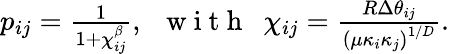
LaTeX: \begin{array}{r}{p_{ij}=\frac{1}{1+{\chi_{ij}^{\beta}}},\, \, \, \mathrm{~w~i~t~h~}\, \, \, \chi_{ij}=\frac{R\Delta\theta_{ij}}{\left(\mu\kappa_{i}\kappa_{j}\right)^{1/D}}.}\end{array}